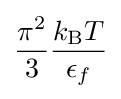
{\frac {\pi ^{2}}{3}}{\frac {k_{\rm {B}}T}{\epsilon _{f}}}